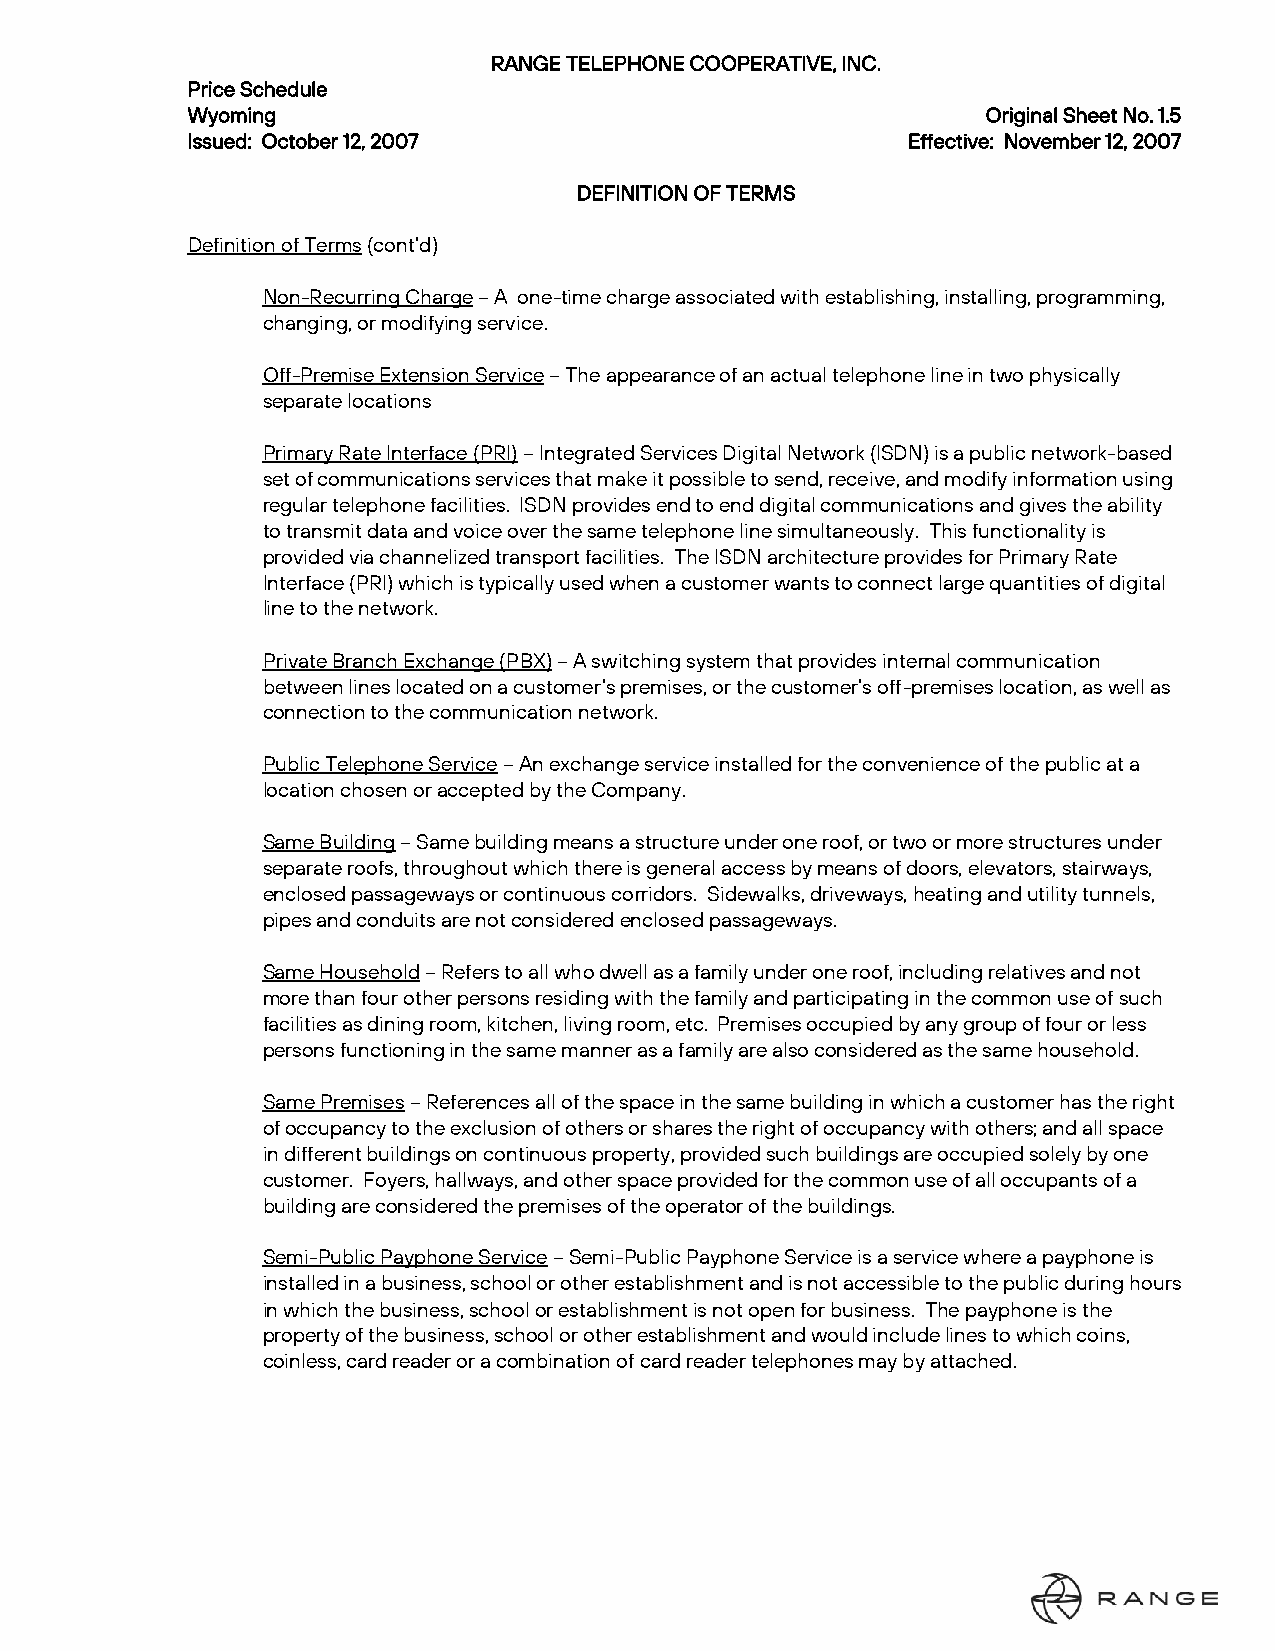
RANGE TELEPHONE COOPERATIVE, INC.
 Price Schedule
 Wyoming                                              Original Sheet No. 1.5
 Issued: October 12, 2007                        Effective: November 12, 2007
 DEFINITION OF TERMS
 Definition of Terms (cont’d)
 Non-Recurring Charge – A one-time charge associated with establishing, installing, programming,
 changing, or modifying service.
 Off-Premise Extension Service – The appearance of an actual telephone line in two physically
 separate locations
 Primary Rate Interface (PRI) – Integrated Services Digital Network (ISDN) is a public network-based
 set of communications services that make it possible to send, receive, and modify information using
 regular telephone facilities. ISDN provides end to end digital communications and gives the ability
 to transmit data and voice over the same telephone line simultaneously. This functionality is
 provided via channelized transport facilities. The ISDN architecture provides for Primary Rate
 Interface (PRI) which is typically used when a customer wants to connect large quantities of digital
 line to the network.
 Private Branch Exchange (PBX) – A switching system that provides internal communication
 between lines located on a customer’s premises, or the customer’s off-premises location, as well as
 connection to the communication network.
 Public Telephone Service – An exchange service installed for the convenience of the public at a
 location chosen or accepted by the Company.
 Same Building – Same building means a structure under one roof, or two or more structures under
 separate roofs, throughout which there is general access by means of doors, elevators, stairways,
 enclosed passageways or continuous corridors. Sidewalks, driveways, heating and utility tunnels,
 pipes and conduits are not considered enclosed passageways.
 Same Household – Refers to all who dwell as a family under one roof, including relatives and not
 more than four other persons residing with the family and participating in the common use of such
 facilities as dining room, kitchen, living room, etc. Premises occupied by any group of four or less
 persons functioning in the same manner as a family are also considered as the same household.
 Same Premises – References all of the space in the same building in which a customer has the right
 of occupancy to the exclusion of others or shares the right of occupancy with others; and all space
 in different buildings on continuous property, provided such buildings are occupied solely by one
 customer. Foyers, hallways, and other space provided for the common use of all occupants of a
 building are considered the premises of the operator of the buildings.
 Semi-Public Payphone Service – Semi-Public Payphone Service is a service where a payphone is
 installed in a business, school or other establishment and is not accessible to the public during hours
 in which the business, school or establishment is not open for business. The payphone is the
 property of the business, school or other establishment and would include lines to which coins,
 coinless, card reader or a combination of card reader telephones may by attached.